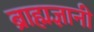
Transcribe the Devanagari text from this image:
ब्राह्मज्ञानी